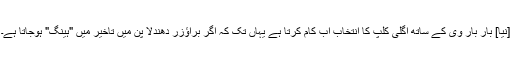
[نیا] بار بار وی کے ساتھ اگلی کلپ کا انتخاب اب کام کرتا ہے یہاں تک کہ اگر براؤزر دھندلا پن میں تاخیر میں "ہینگ" ہوجاتا ہے۔